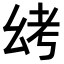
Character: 𫷟